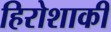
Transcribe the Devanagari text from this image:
हिरोशाकी